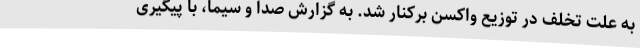
به علت تخلف در توزیع واکسن برکنار شد. به گزارش صدا و سیما، با پیگیری